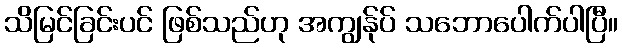
သိမြင်ခြင်းပင် ဖြစ်သည်ဟု အကျွန်ုပ် သဘောပေါက်ပါပြီ။